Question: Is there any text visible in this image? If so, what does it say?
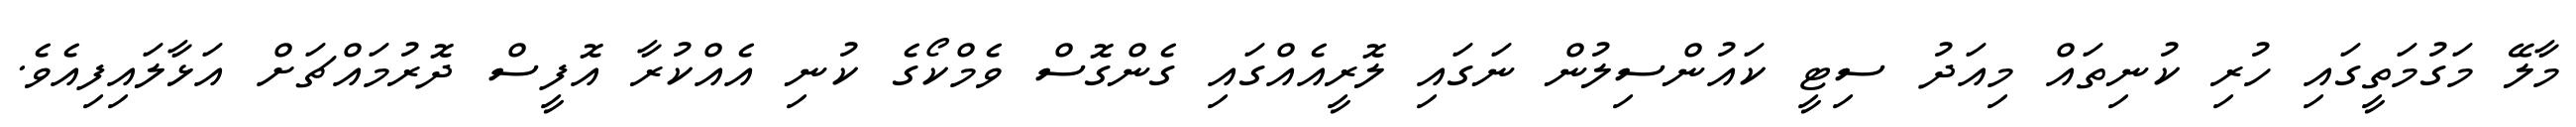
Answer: މާލޭ މަގުމަތީގައި ހުރި ކުނިތައް މިއަދު ސިޓީ ކައުންސިލުން ނަގައި ލޮރީއެއްގައި ގެންގޮސް ވެމްކޯގެ ކުނި އެއްކުރާ އޮފީސް ދޮރުމައްޗަށް އަޅާލައިފިއެވެ.